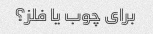
برای چوب یا فلز؟